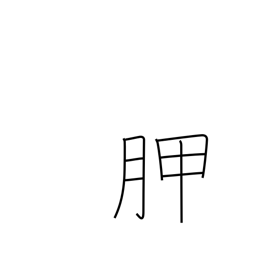
Meaning: shoulder blade